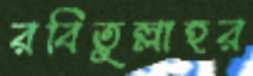
রবিতুল্লাহর